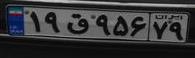
۱۹ق۹۵۶۷۹